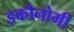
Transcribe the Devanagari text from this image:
इकौनोमी